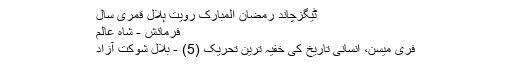
ٹیگزچاند رمضان المبارک رویت ہلال قمری سال
فرمائش - شاہ عالم
فری میسن، انسانی تاریخ کی خفیہ ترین تحریک (5) - بلال شوکت آزاد